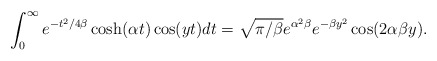
\begin{align*} \int_{0}^{\infty}e^{-t^2/{4\beta}}\cosh(\alpha t)\cos(yt)dt=\sqrt{\pi/\beta}e^{\alpha^2\beta}e^{-\beta y^2}\cos(2\alpha\beta y).\end{align*}